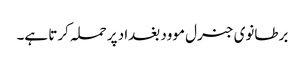
برطانوی جنرل موود بغداد پر حملہ کرتا ہے۔